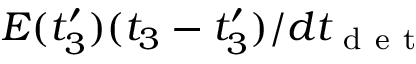
E ( t _ { 3 } ^ { \prime } ) ( t _ { 3 } - t _ { 3 } ^ { \prime } ) / d t _ { \mathrm { ~ d ~ e ~ t ~ } }